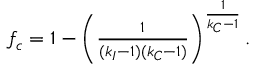
\begin{array} { r } { f _ { c } = 1 - \left( \frac { 1 } { ( k _ { I } - 1 ) ( k _ { C } - 1 ) } \right) ^ { \frac { 1 } { k _ { C } - 1 } } . } \end{array}